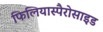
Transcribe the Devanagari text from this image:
फिलियास्पैरोसाइड